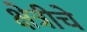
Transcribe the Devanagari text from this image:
क्षेत्रीचे